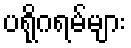
ပရိုဂရမ်များ